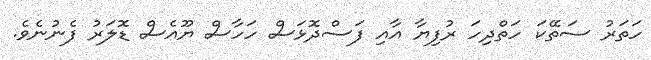
ހަތަރު ސަތޭކަ ހަތްދިހަ ރުފިޔާ އާއި ފަސްދޮޅަސް ހަހާސް ޔޫއެސް ޑޮލަރު ފެނުނެވެ.